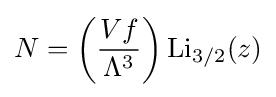
N=\left({\frac {Vf}{\Lambda ^{3}}}\right){\textrm {Li}}_{3/2}(z)